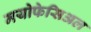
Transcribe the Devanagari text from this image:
मयोफेसिअल